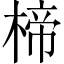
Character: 楴